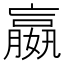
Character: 嬴